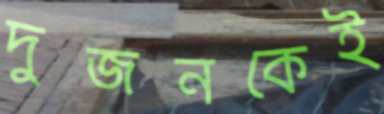
দুজনকেই